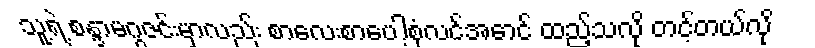
သူ့ရဲ့ စန္ဒာမဂ္ဂဇင်းမှာလည်း စာလေးစာပေါ့စုံလင်အောင် ထည့်သလို တင့်တယ်လို